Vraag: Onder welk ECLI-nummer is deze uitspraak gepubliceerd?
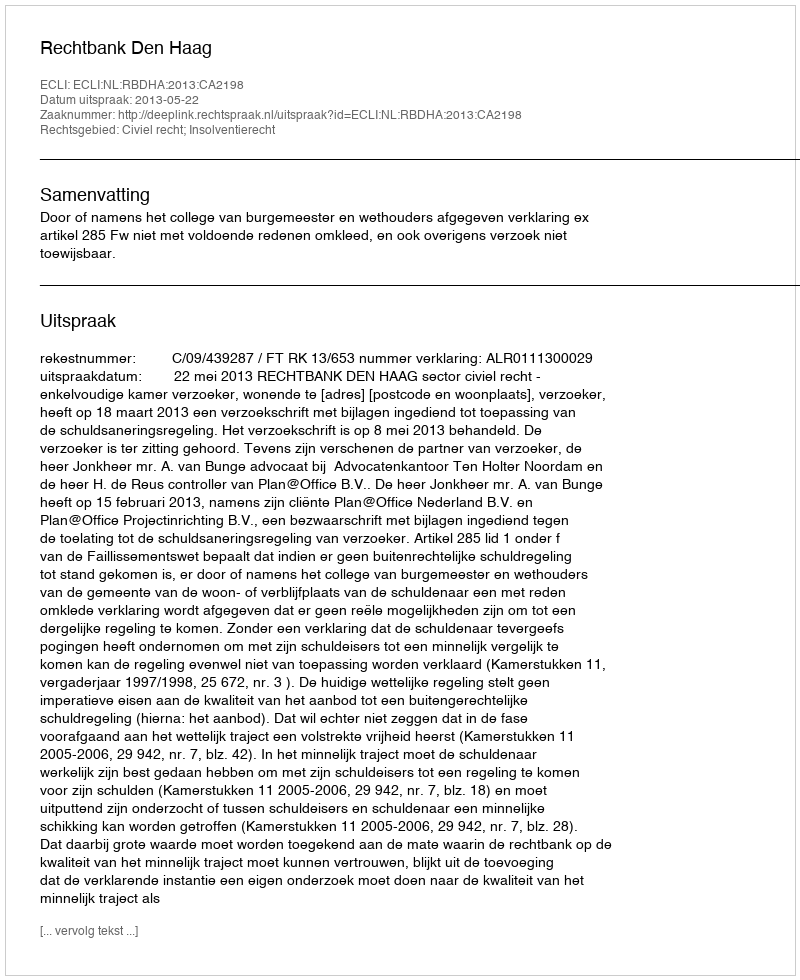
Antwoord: ECLI:NL:RBDHA:2013:CA2198